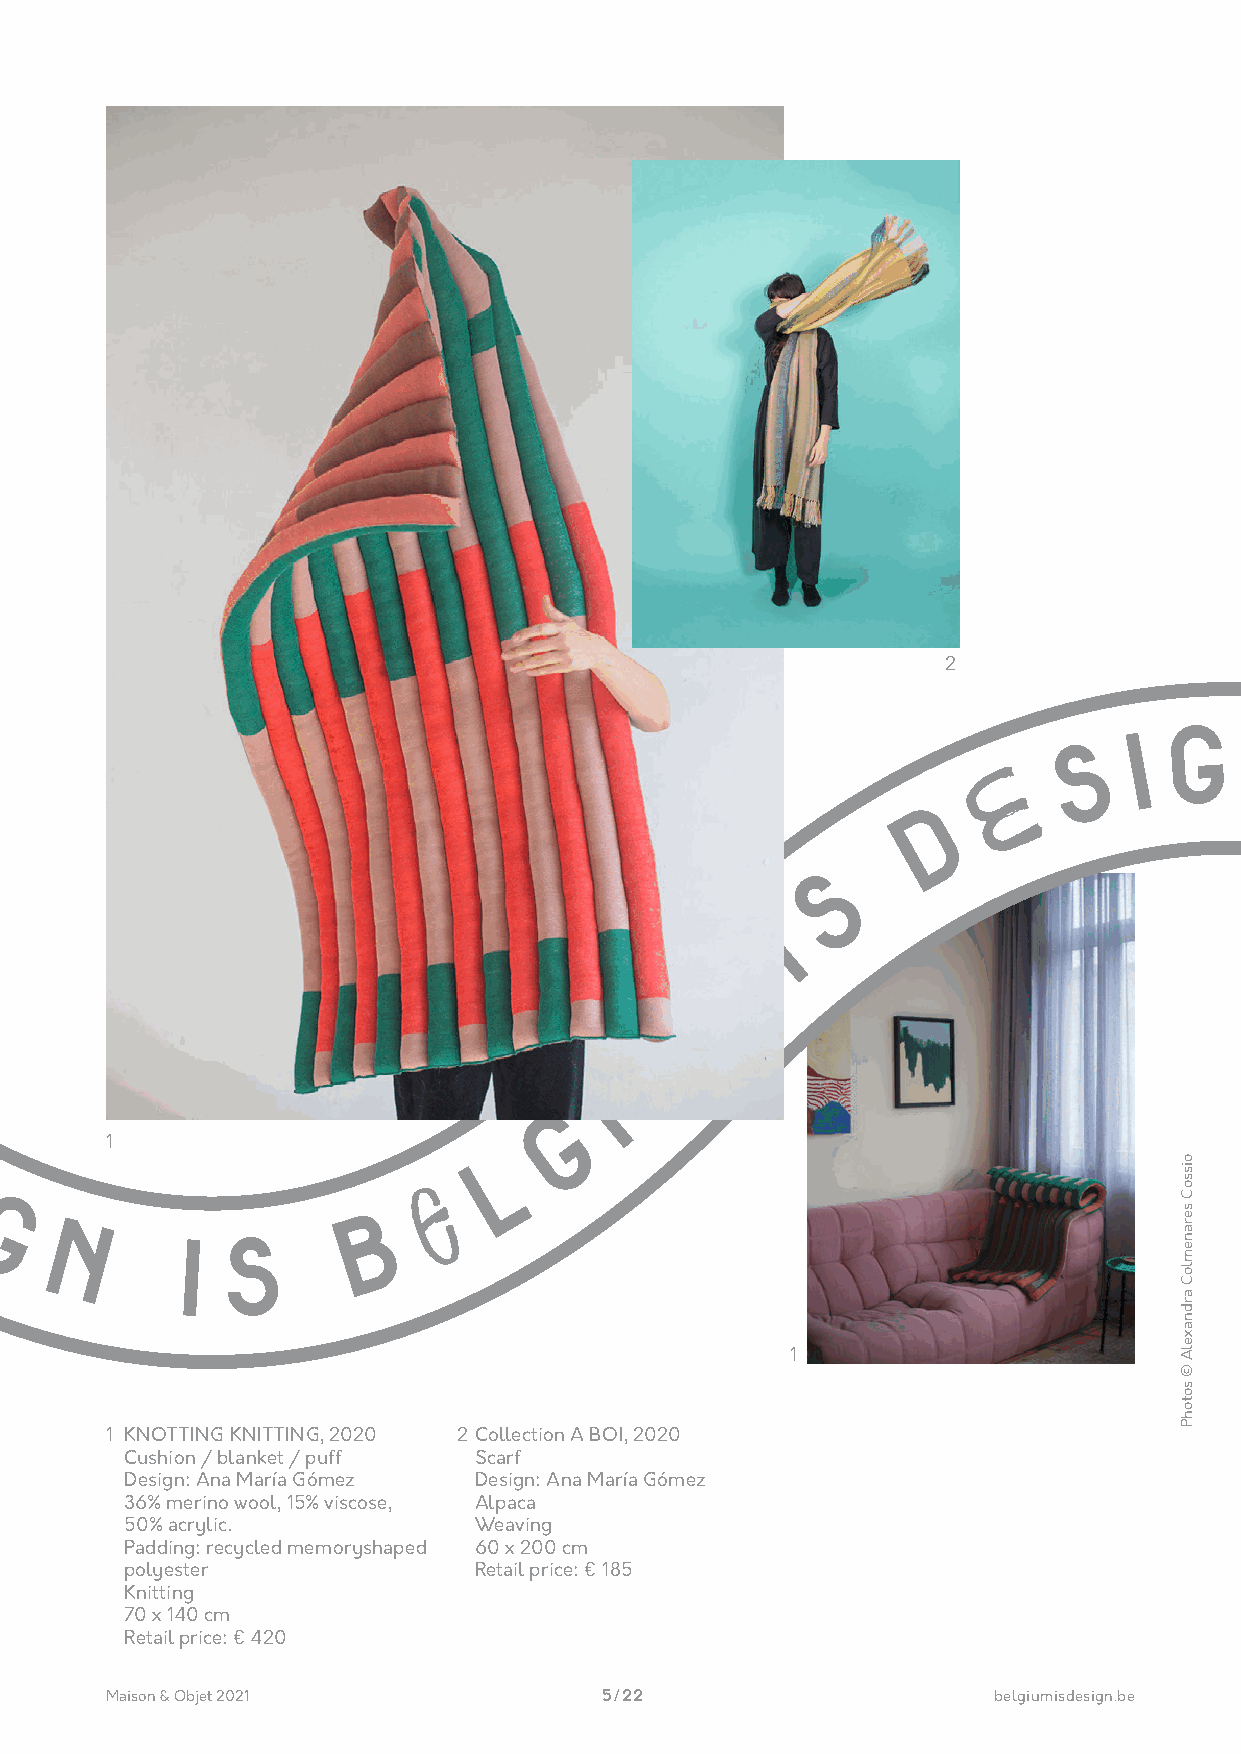
2
 SSI
 GIGN
 N
 E
 E
 I
 D
 D
 S
 S
 S
 I
 I
 M
 M
 U
 U
 I
 GI
 DD
 G
 EE                                 L
 1
 L
 SS                          E
 II                          E
 GG                     BB
 NN        IISS
 1
 1 KNOTTING KNITTING, 2020 2 Collection A BOI, 2020
 Cushion / blanket / puff Scarf
 Design: Ana María Gómez Design: Ana María Gómez
 36% merino wool, 15% viscose, Alpaca
 50% acrylic.           Weaving
 Padding: recycled memoryshaped 60 x 200 cm
 polyester              Retail price: € 185
 Knitting
 70 x 140 cm
 Retail price: € 420
 Maison & Objet 2021              5 / 22                    belgiumisdesign.be
 oissoC
 seranemloC
 ardnaxelA
 ©
 sotohP